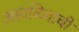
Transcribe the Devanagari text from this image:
अहाळिवाची